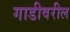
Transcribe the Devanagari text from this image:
गाडीवरील